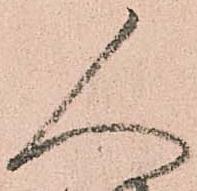
人